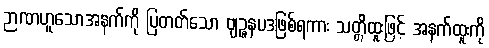
ဉာဏဟူသောအနက်ကို ပြတတ်သော ဗျဉ္ဇနပဒဖြစ်ရကား သတ္တိထူးဖြင့် အနက်ထူးကို